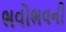
ભવોભવની